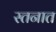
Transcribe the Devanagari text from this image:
स्तनात